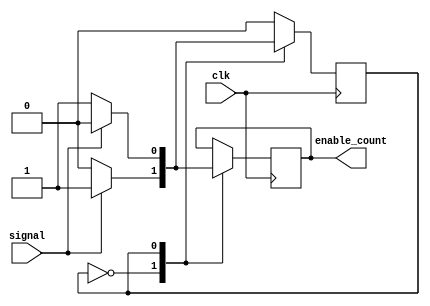
module fsm_enable(clk, signal, enable_count);
    input   clk, signal;
    output reg enable_count;

    parameter COUNT = 1'b1, NO_COUNT = 1'b0;

    reg state;

    initial
    begin
        state <= NO_COUNT;
        enable_count <= 0;
    end

    always @ (posedge clk)
    begin : FSM
    case(state)
        NO_COUNT:   if(signal == 1'b0)
                    begin
                        state <= NO_COUNT;
                        enable_count <= 0;
                    end
                    else if(signal == 1'b1)
                    begin
                        state <= COUNT;
                        enable_count <= 1;
                    end
        COUNT:      if(signal == 1'b0)
                    begin
                        state <= COUNT;
                        enable_count <= 1;
                    end
                    else if (signal == 1'b1)
                    begin
                        state <= NO_COUNT;
                        enable_count <= 0;
                    end
        default:    state <= NO_COUNT;
    endcase
    end
endmodule